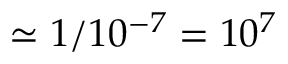
\simeq 1 / 1 0 ^ { - 7 } = 1 0 ^ { 7 }